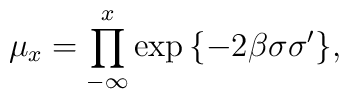
\mu_x = \prod^x_{-\infty} \exp {\{-2\beta \sigma\sigma'\}},